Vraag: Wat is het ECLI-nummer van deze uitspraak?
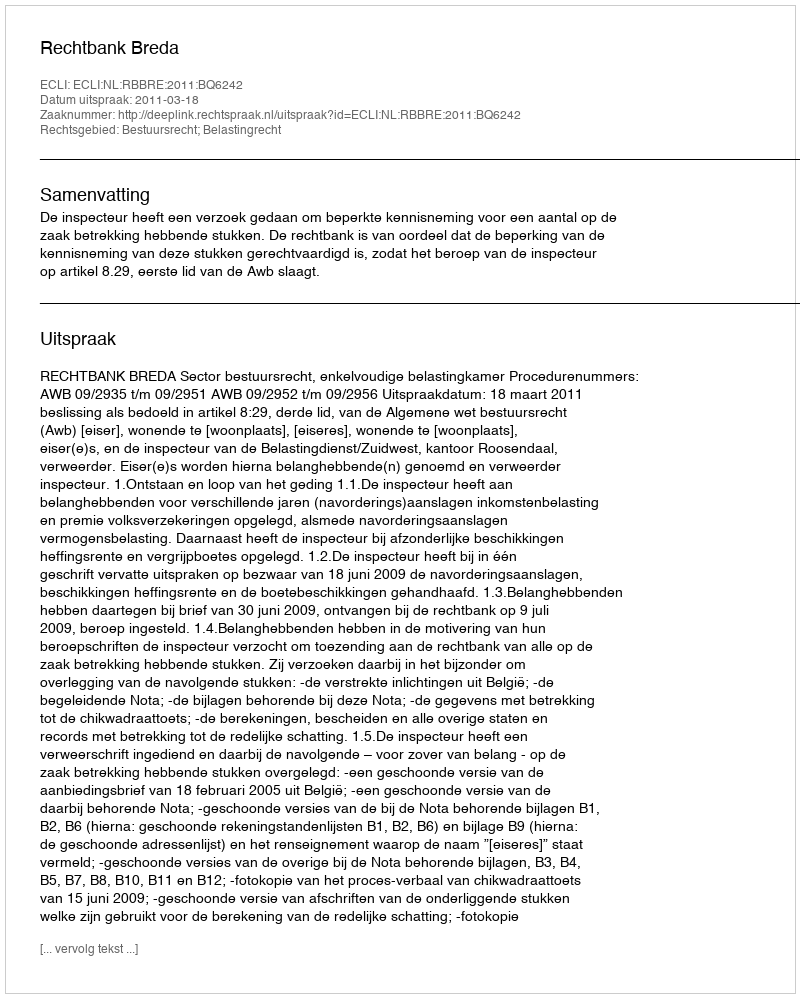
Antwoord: ECLI:NL:RBBRE:2011:BQ6242